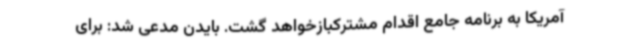
آمریکا به برنامه جامع اقدام مشترکبازخواهد گشت. بایدن مدعی شد: برای